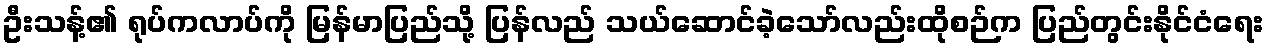
ဦးသန့်၏ ရုပ်ကလာပ်ကို မြန်မာပြည်သို့ ပြန်လည် သယ်ဆောင်ခဲ့သော်လည်းထိုစဉ်က ပြည်တွင်းနိုင်ငံရေး